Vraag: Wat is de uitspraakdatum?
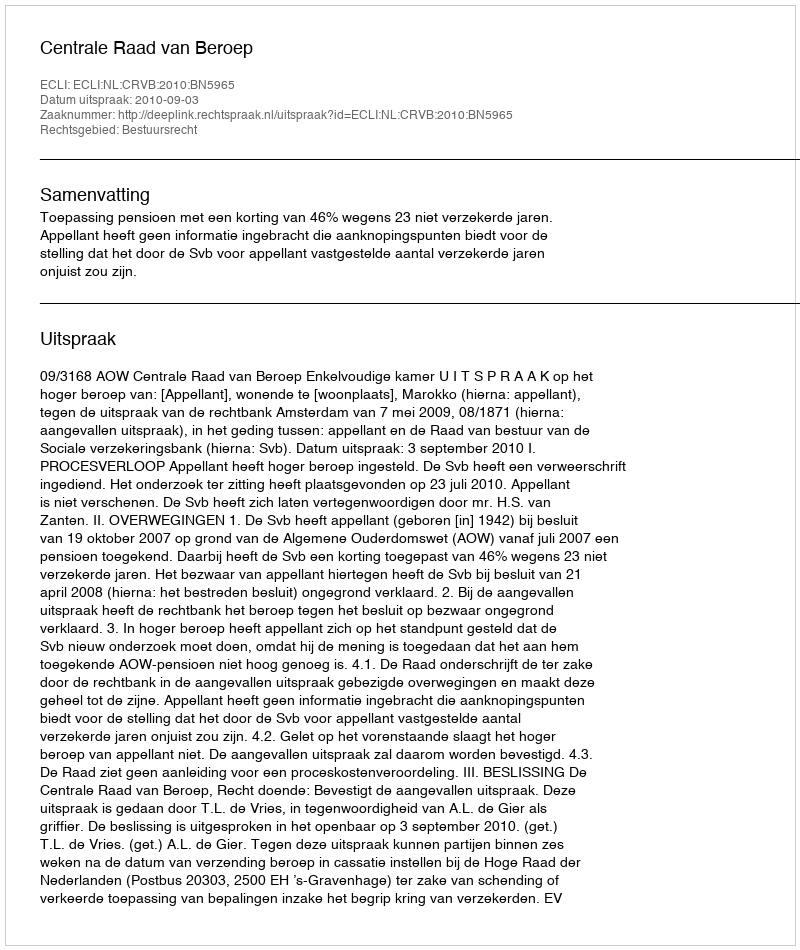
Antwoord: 2010-09-03